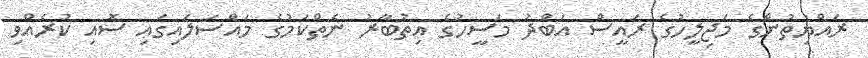
ރައްޔިތުންގެ މަޖިލީހުގެ ރައީސް އަބްދު މަސީހުގެ އިތުބާރު ނެތްކަމުގެ މައްސަލައިގައި ސޮއި ކުރެއްވި